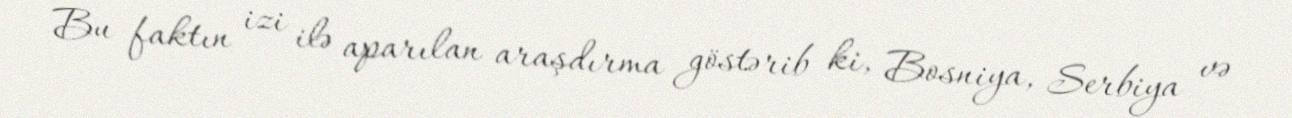
Bu faktın izi ilə aparılan araşdırma göstərib ki, Bosniya, Serbiya və